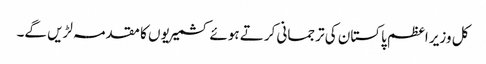
کل وزیر اعظم پاکستان کی ترجمانی کرتے ہوئے کشمیریوں کا مقدمہ لڑیں گے۔